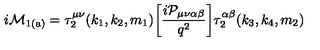
{ i \cal M } _ { \mathrm { 1 ( a ) } } = \tau _ { 2 } ^ { \mu \nu } ( k _ { 1 } , k _ { 2 } , m _ { 1 } ) \bigg [ \frac { i { \cal P } _ { \mu \nu \alpha \beta } } { q ^ { 2 } } \bigg ] \tau _ { 2 } ^ { \alpha \beta } ( k _ { 3 } , k _ { 4 } , m _ { 2 } )